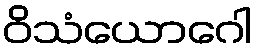
ဝိသံယောဂေါ